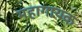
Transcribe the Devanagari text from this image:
महागायक